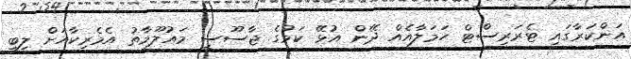
އަންކަރާގައި ޓެރަރިސްޓް ހަމަލާއެއް ދޭން އުޅޭ ކަމުގެ ޖާސޫސީ މައުލޫމާތު އެމެރިކާއަށް ލިބި